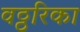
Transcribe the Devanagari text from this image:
वठ्ठरिका